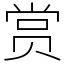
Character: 赏